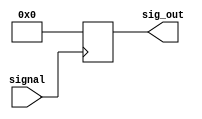
module testmod(
	input wire signal,
	output reg [15:0] sig_out
);

always @ (posedge signal)
begin
	if(signal==1'b1)
		sig_out<=16'h0;
end
endmodule